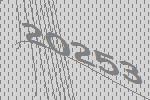
20253